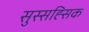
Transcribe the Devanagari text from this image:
सुस्सह्सिक